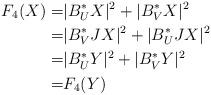
LaTeX: \begin{align*}F_{4}(X)=&|B^{*}_{U}X|^{2}+|B^{*}_{V}X|^{2}\\=&|B^{*}_{V}JX|^{2}+|B^{*}_{U}JX|^{2}\\=&|B^{*}_{U}Y|^{2}+|B^{*}_{V}Y|^{2}\\=&F_{4}(Y)\end{align*}